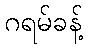
ဂရမ်ခန့်